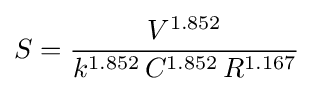
S={V^{1.852} \over k^{1.852}\,C^{1.852}\,R^{1.167}}